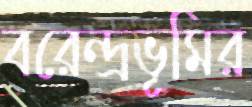
বরেন্দ্রভূমির